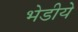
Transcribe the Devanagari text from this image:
भेडीये